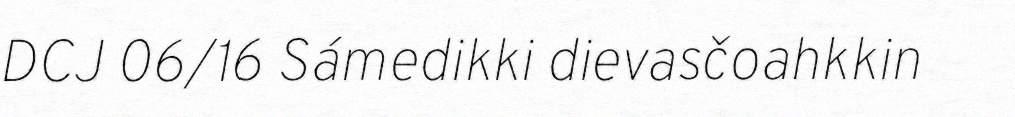
DCJ 06/16 Sámedikki dievasčoahkkin